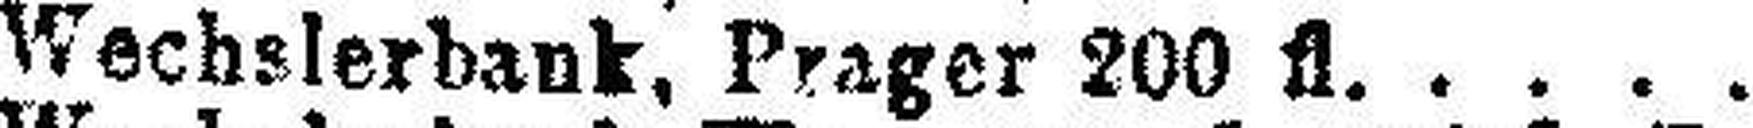
Wechslerbank, Prager 200 fl.